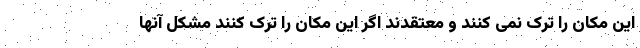
این مکان را ترک نمی کنند و معتقدند اگر این مکان را ترک کنند مشکل آنها